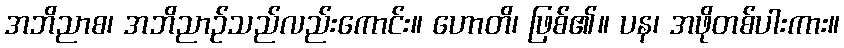
အဘိညာစ၊ အဘိညာဉ်သည်လည်းကောင်း။ ဟောတိ၊ ဖြစ်၏။ ပန၊ အဖိုတစ်ပါးကား။